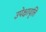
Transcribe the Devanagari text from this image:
उपेक्षावृत्ति